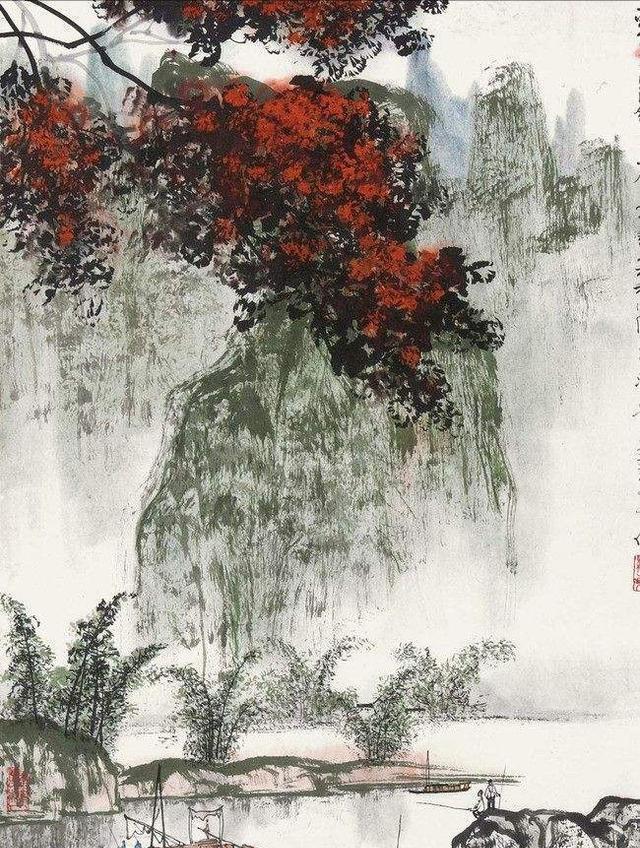
夜深风竹敲秋韵。万叶千声皆是恨。